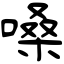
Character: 嗓